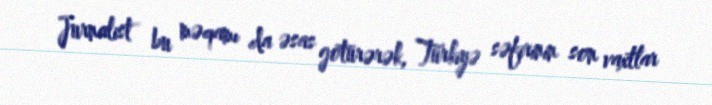
Jurnalist bu məqamı da əsas götürərək, Türkiyə səfirinin son vaxtlar